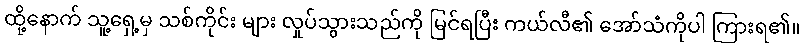
ထို့နောက် သူ့ရှေ့မှ သစ်ကိုင်း များ လှုပ်သွားသည်ကို မြင်ရပြီး ကယ်လီ၏ အော်သံကိုပါ ကြားရ၏။